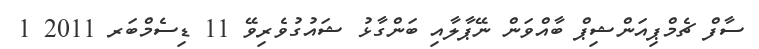
ސާފް ޗެމްޕިއަންޝިޕް ބާއްވަން ނޭޕާލާއި ބަންގާޅު ޝައުގުވެރިވޭ 11 ޑިސެމްބަރ 2011 1